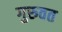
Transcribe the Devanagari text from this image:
गुरुवत